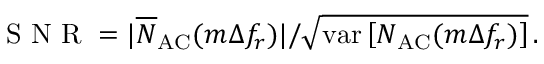
\mathrm { ~ S ~ N ~ R ~ } = | \overline { N } _ { \mathrm { A C } } ( m \Delta f _ { r } ) | / \sqrt { \mathrm { v a r } \left[ N _ { \mathrm { A C } } ( m \Delta f _ { r } ) \right] } \, .